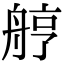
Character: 𦨾